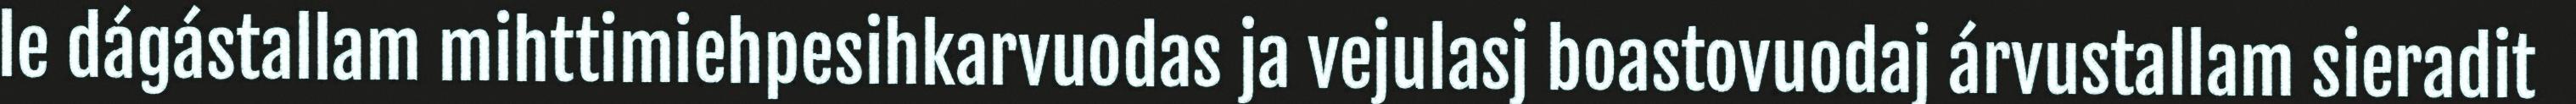
le dágástallam mihttimiehpesihkarvuodas ja vejulasj boastovuodaj árvustallam sieradit